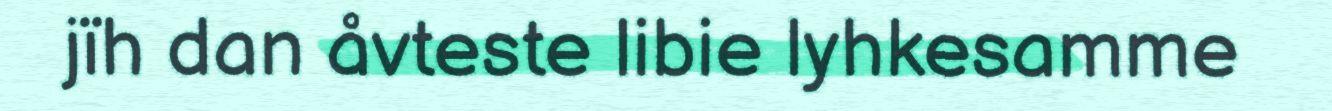
jïh dan åvteste libie lyhkesamme